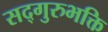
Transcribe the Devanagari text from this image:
सद्गुरुभक्ति